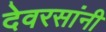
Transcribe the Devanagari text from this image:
देवरसांनी